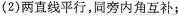
（2）两直线平行，同旁内角互补；